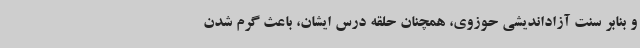
و بنابر سنت آزاداندیشی حوزوی، همچنان حلقه درس ایشان، باعث گرم شدن